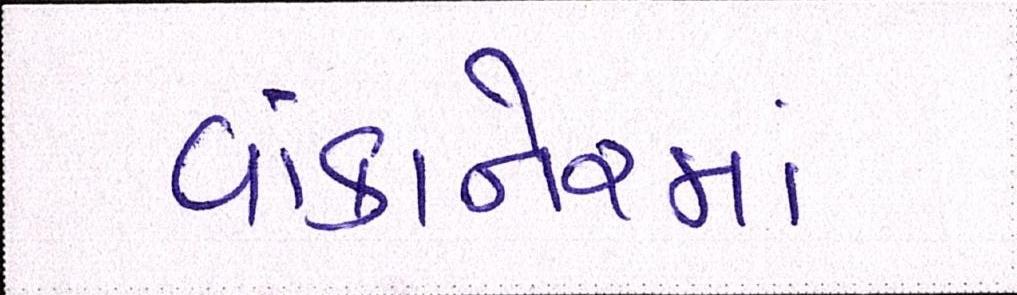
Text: વાંકાનેરમાં